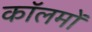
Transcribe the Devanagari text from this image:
काॅलमों